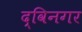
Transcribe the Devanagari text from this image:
द्विनगर